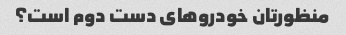
منظورتان خودروهای دست دوم است؟